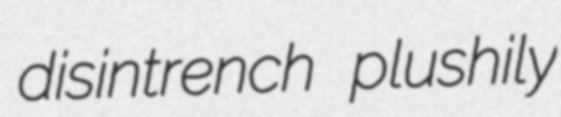
disintrench plushily